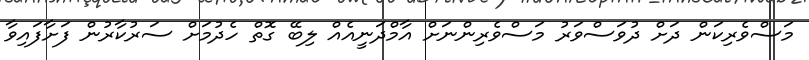
މަސްވެރިކަން ދަށް ދުވަސްވަރު މަސްވެރިންނަށް އާމްދަނީއެއް ލިބޭ ގޮތް ހެދުމަށް ސަރުކާރުން ފަށާފައިވާ